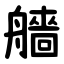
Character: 艢